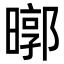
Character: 㬑